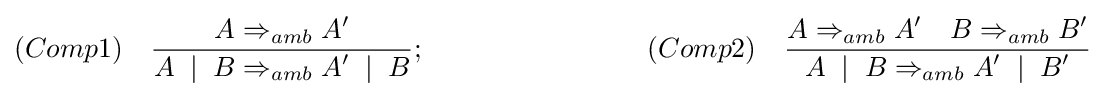
(Comp1)\quad {\frac {\displaystyle A\Rightarrow _{amb}A'}{\displaystyle A\;\mid \;B\Rightarrow _{amb}A'\;\mid \;B}};\qquad \qquad \qquad \qquad (Comp2)\quad {\frac {\displaystyle A\Rightarrow _{amb}A'\quad \displaystyle B\Rightarrow _{amb}B'}{\displaystyle A\;\mid \;B\Rightarrow _{amb}A'\;\mid \;B'}}